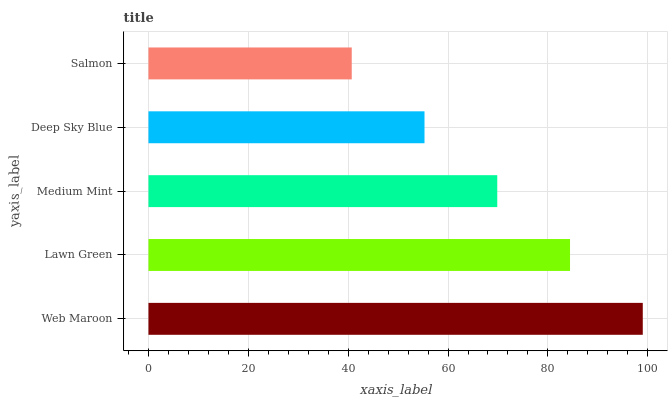
| yaxis_label | bars |
 | --- | --- |
 | Web Maroon | 99 |
 | Lawn Green | 84.4 |
 | Medium Mint | 69.9 |
 | Deep Sky Blue | 55.3 |
 | Salmon | 40.7 |